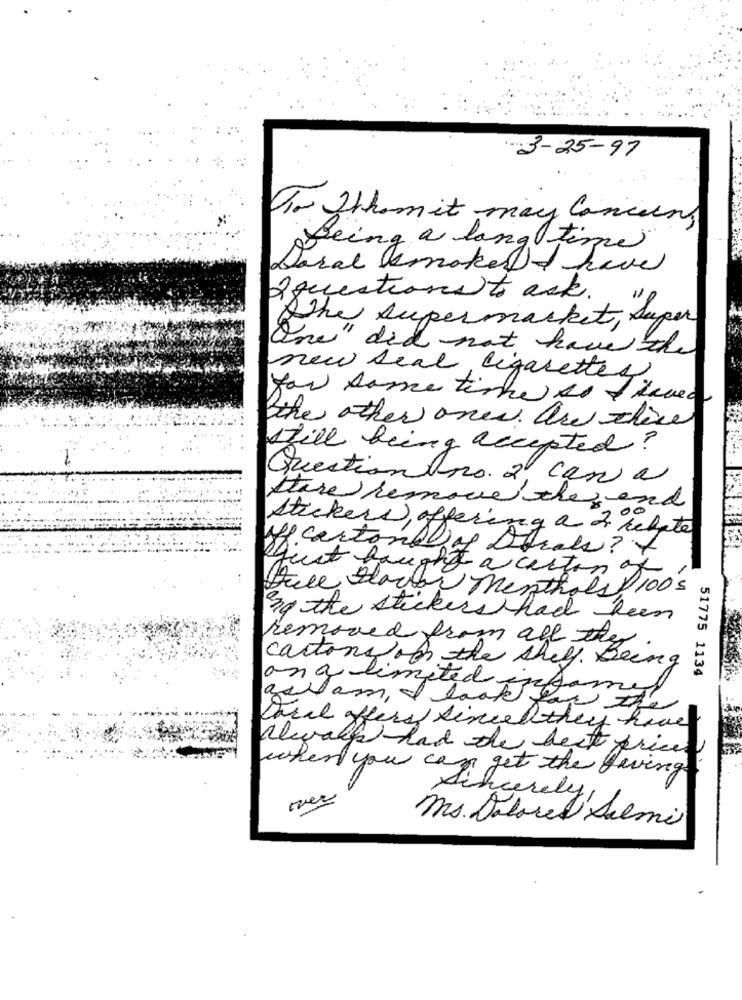
3-25-97
For Whom it may Concern
Being a long time
Doral asmoked I have
2 questions to ack.
Sthe supermarket, Super
One" did not have the
new deal, cigarettes,
you some time to Timed
the other ones are chice
still being accepted?
Questionans. 2. can a
there remove the end
stickers, offering a 2 relate
uff carton 8)
just bought a carton of
Heee Starter menthols 100's
By the stickers had been
removed from all the
cartons on the shelf. Being
51775 1134
an a limited
Carel offers since they have
always had the best price
when you can get the Living
Sincerely
ms. Dalrel Salmi